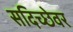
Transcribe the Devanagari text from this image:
सदिच्छेवर